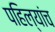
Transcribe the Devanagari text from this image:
पहिल्यांच